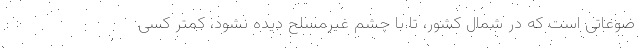
ضوعاتی است که در شمال کشور، تا با چشم غیرمسلح دیده نشود، کمتر کسی